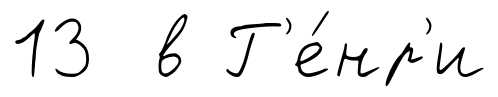
13 в Г'е́нр'и